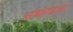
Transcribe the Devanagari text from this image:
ऑथोराइज्ड